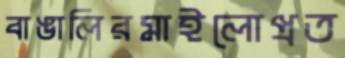
বাঙালিরমাইলোপ্রত